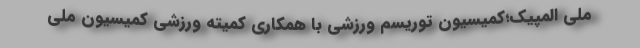
ملی المپیک؛کمیسیون توریسم ورزشی با همکاری کمیته ورزشی کمیسیون ملی